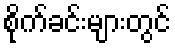
စိုက်ခင်းများတွင်